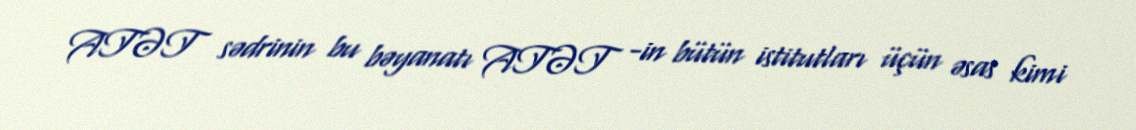
ATƏT sədrinin bu bəyanatı ATƏT -in bütün istitutları üçün əsas kimi